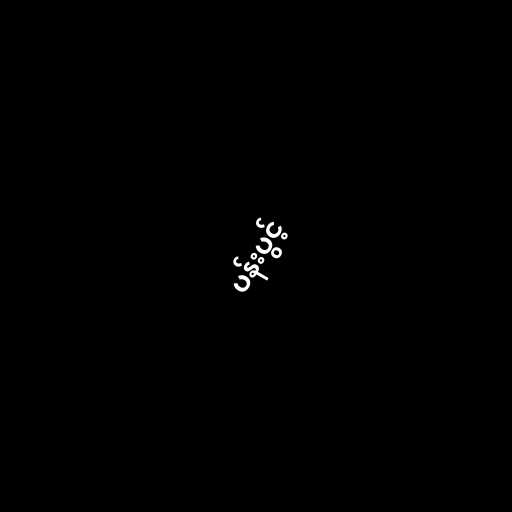
ပန်းပွင့်